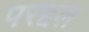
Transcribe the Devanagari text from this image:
परद्दल